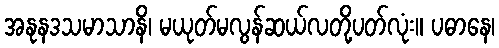
အနုနဒသမာသာနိ၊ မယုတ်မလွန်ဆယ်လတို့ပတ်လုံး။ ပဓာနေ၊